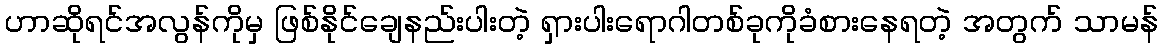
ဟာဆိုရင်အလွန်ကိုမှ ဖြစ်နိုင်ချေနည်းပါးတဲ့ ရှားပါးရောဂါတစ်ခုကိုခံစားနေရတဲ့ အတွက် သာမန်